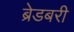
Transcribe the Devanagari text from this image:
ब्रेडबरी